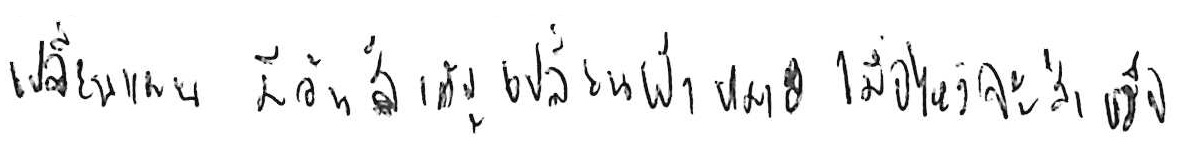
เปลี่ยนแผน มีวันสำเร็จได้ เปลี่ยนเป้าหมาย เมื่อไหร่จะสำเร็จ